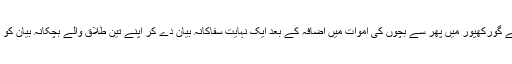
یوگی ادیتیہ ناتھ نے گورکھپور میں پھر سے بچوں کی اموات میں اضافہ کے بعد ایک نہایت سفاکانہ بیان دے کر اپنے تین طلاق والے بچکانہ بیان کو بھی مات دے دی۔